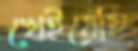
খেইয়েছি